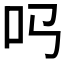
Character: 𠮤